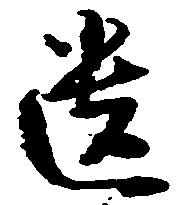
遺